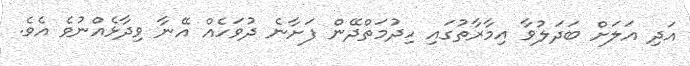
އަދި އަލަށް ބަދަލުވާ އިމާރާތުގައި ހިދުމަތްދޭން ފަށާނެ ދުވަހެއް އޭނާ ވިދާޅެއްނުވެ އެވެ.